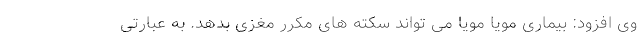
وی افزود: بیماری مویا مویا می تواند سکته های مکرر مغزی بدهد. به عبارتی